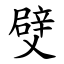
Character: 䢃